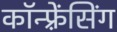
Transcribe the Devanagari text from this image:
कॉन्फ़्रेंसिंग